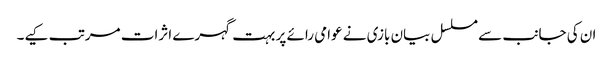
ان کی جانب سے مسلسل بیان بازی نے عوامی رائے پر بہت گہرے اثرات مرتب کیے۔